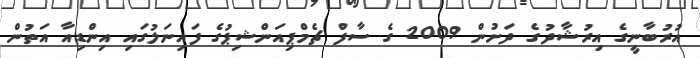
އުރުބާނީގެ އިރުޝާދުގެ ދަށުން 2009 ގެ ސާފް ޗެމްޕިއަންޝިޕުގެ ފައިނަލުގައި އިންޑިއާ އަތުން